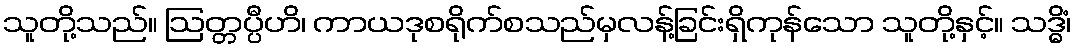
သူတို့သည်။ ဩတ္တပ္ပီဟိ၊ ကာယဒုစရိုက်စသည်မှလန့်ခြင်းရှိကုန်သော သူတို့နှင့်။ သဒ္ဓိံ၊